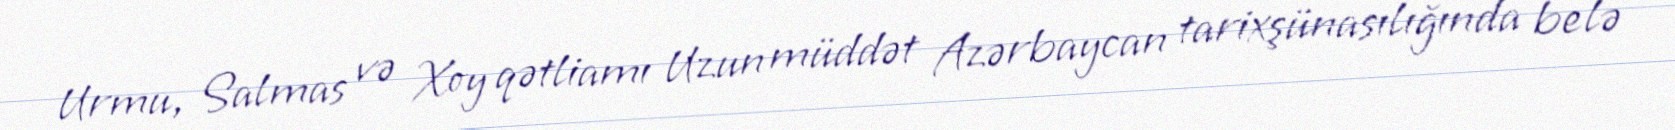
Urmu, Salmas və Xoy qətliamı Uzun müddət Azərbaycan tarixşünasılığında belə